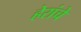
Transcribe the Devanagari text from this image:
हेरांचे